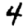
Digit: 4